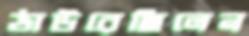
ঠাউরেছিলেন